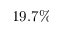
1 9 . 7 \%